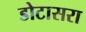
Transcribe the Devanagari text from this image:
डोटासरा